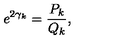
e ^ { 2 \gamma _ { k } } = \frac { P _ { k } } { Q _ { k } } ,